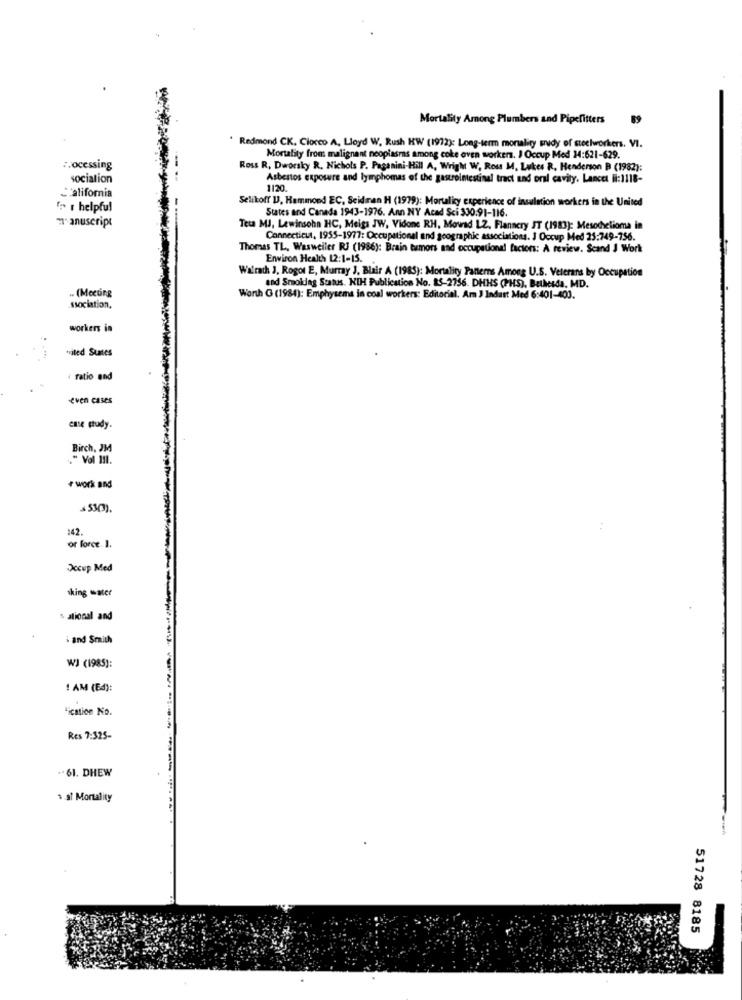
Mortality Among Plumbers and Pipefitters
89
* Redmond CK. Ciocco A, Lloyd W. Rush KW (1972): Long-term morality srudy of steelworkers. VI.
Mortality from malignant neoplasmas among coke oven workers. I Occup Med 14:621-629.
:. ocessing
Ross R. Dworsky R. Nichols P. Paganini-Hill A, Wright W. Ross M, Lukes R. Henderson P (1982):
sociation
Asbestos exposure and lymphomas of the gastrointestinal tract and oral cavity. Lancet #:1118-
1120
California
Selikoff 1), Hammond EC, Seidman H (1999): Mortality experience of insulation workers in the United
" 1 helpful
States and Canada 1943-1976. Ann NY Acad Sci 330.91-116.
manuscript
Teca MJ, Lewinsohn HC, Meigs JW, Vidone RH, Movad L2, Flannery JT (1983): Mesodielioma in
Connecticut, 1955-1977: Occupational and geographic associations. I Occup Med 23:749-756.
Thomas TL, Wasweiler RJ (1986): Brain tumors and occupational factors: A review. Scand J Work
Environ Health 12:1-15. .
Walrach J, Rogor E, Murray J, Blair A (1985): Mortality Panters Among U.S. Veterans by Occupation
. (Mecung
and Smoidag Status. NIH Publication No. 85-2756. DHHS (PHS), Bethesda. MD.
Worth G (1984): Emphysema in coal workers: Editorial. Am J Indust Med 6:401-403.
.ssociation,
workers in
wited Sunes
ratio and
even cases
case study.
Birch, JM
." Vol 111.
# work and
142.
or force. 1.
Occup Med
king water
s ational and
i and Smith
WI (1985):
! AM (Ed):
Fication No.
Res 7:325-
.. 61. DHEW
1.ai Mortality
51728 8185